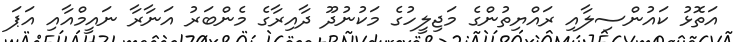
އަތޮޅު ކައުންސިލާއި ރައްޔިތުންގެ މަޖިލީހުގެ މަކުނުދޫ ދާއިރާގެ މެންބަރު އަނާރާ ނައީމްއާއި އަޕަ